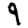
Digit: 9